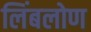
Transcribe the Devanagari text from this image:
लिंबलोण